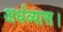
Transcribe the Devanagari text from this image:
अर्धव्यास।